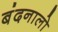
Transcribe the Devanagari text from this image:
बंदनालो